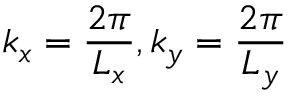
k _ { x } = \frac { 2 \pi } { L _ { x } } , k _ { y } = \frac { 2 \pi } { L _ { y } }